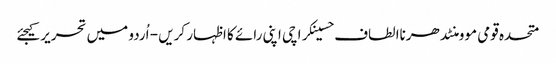
متحدہ قومی موومنٹدھرناالطاف حسینکراچی اپنی رائے کا اظہار کریں - اُردو میں تحریر کیجئے